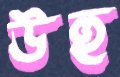
উহু